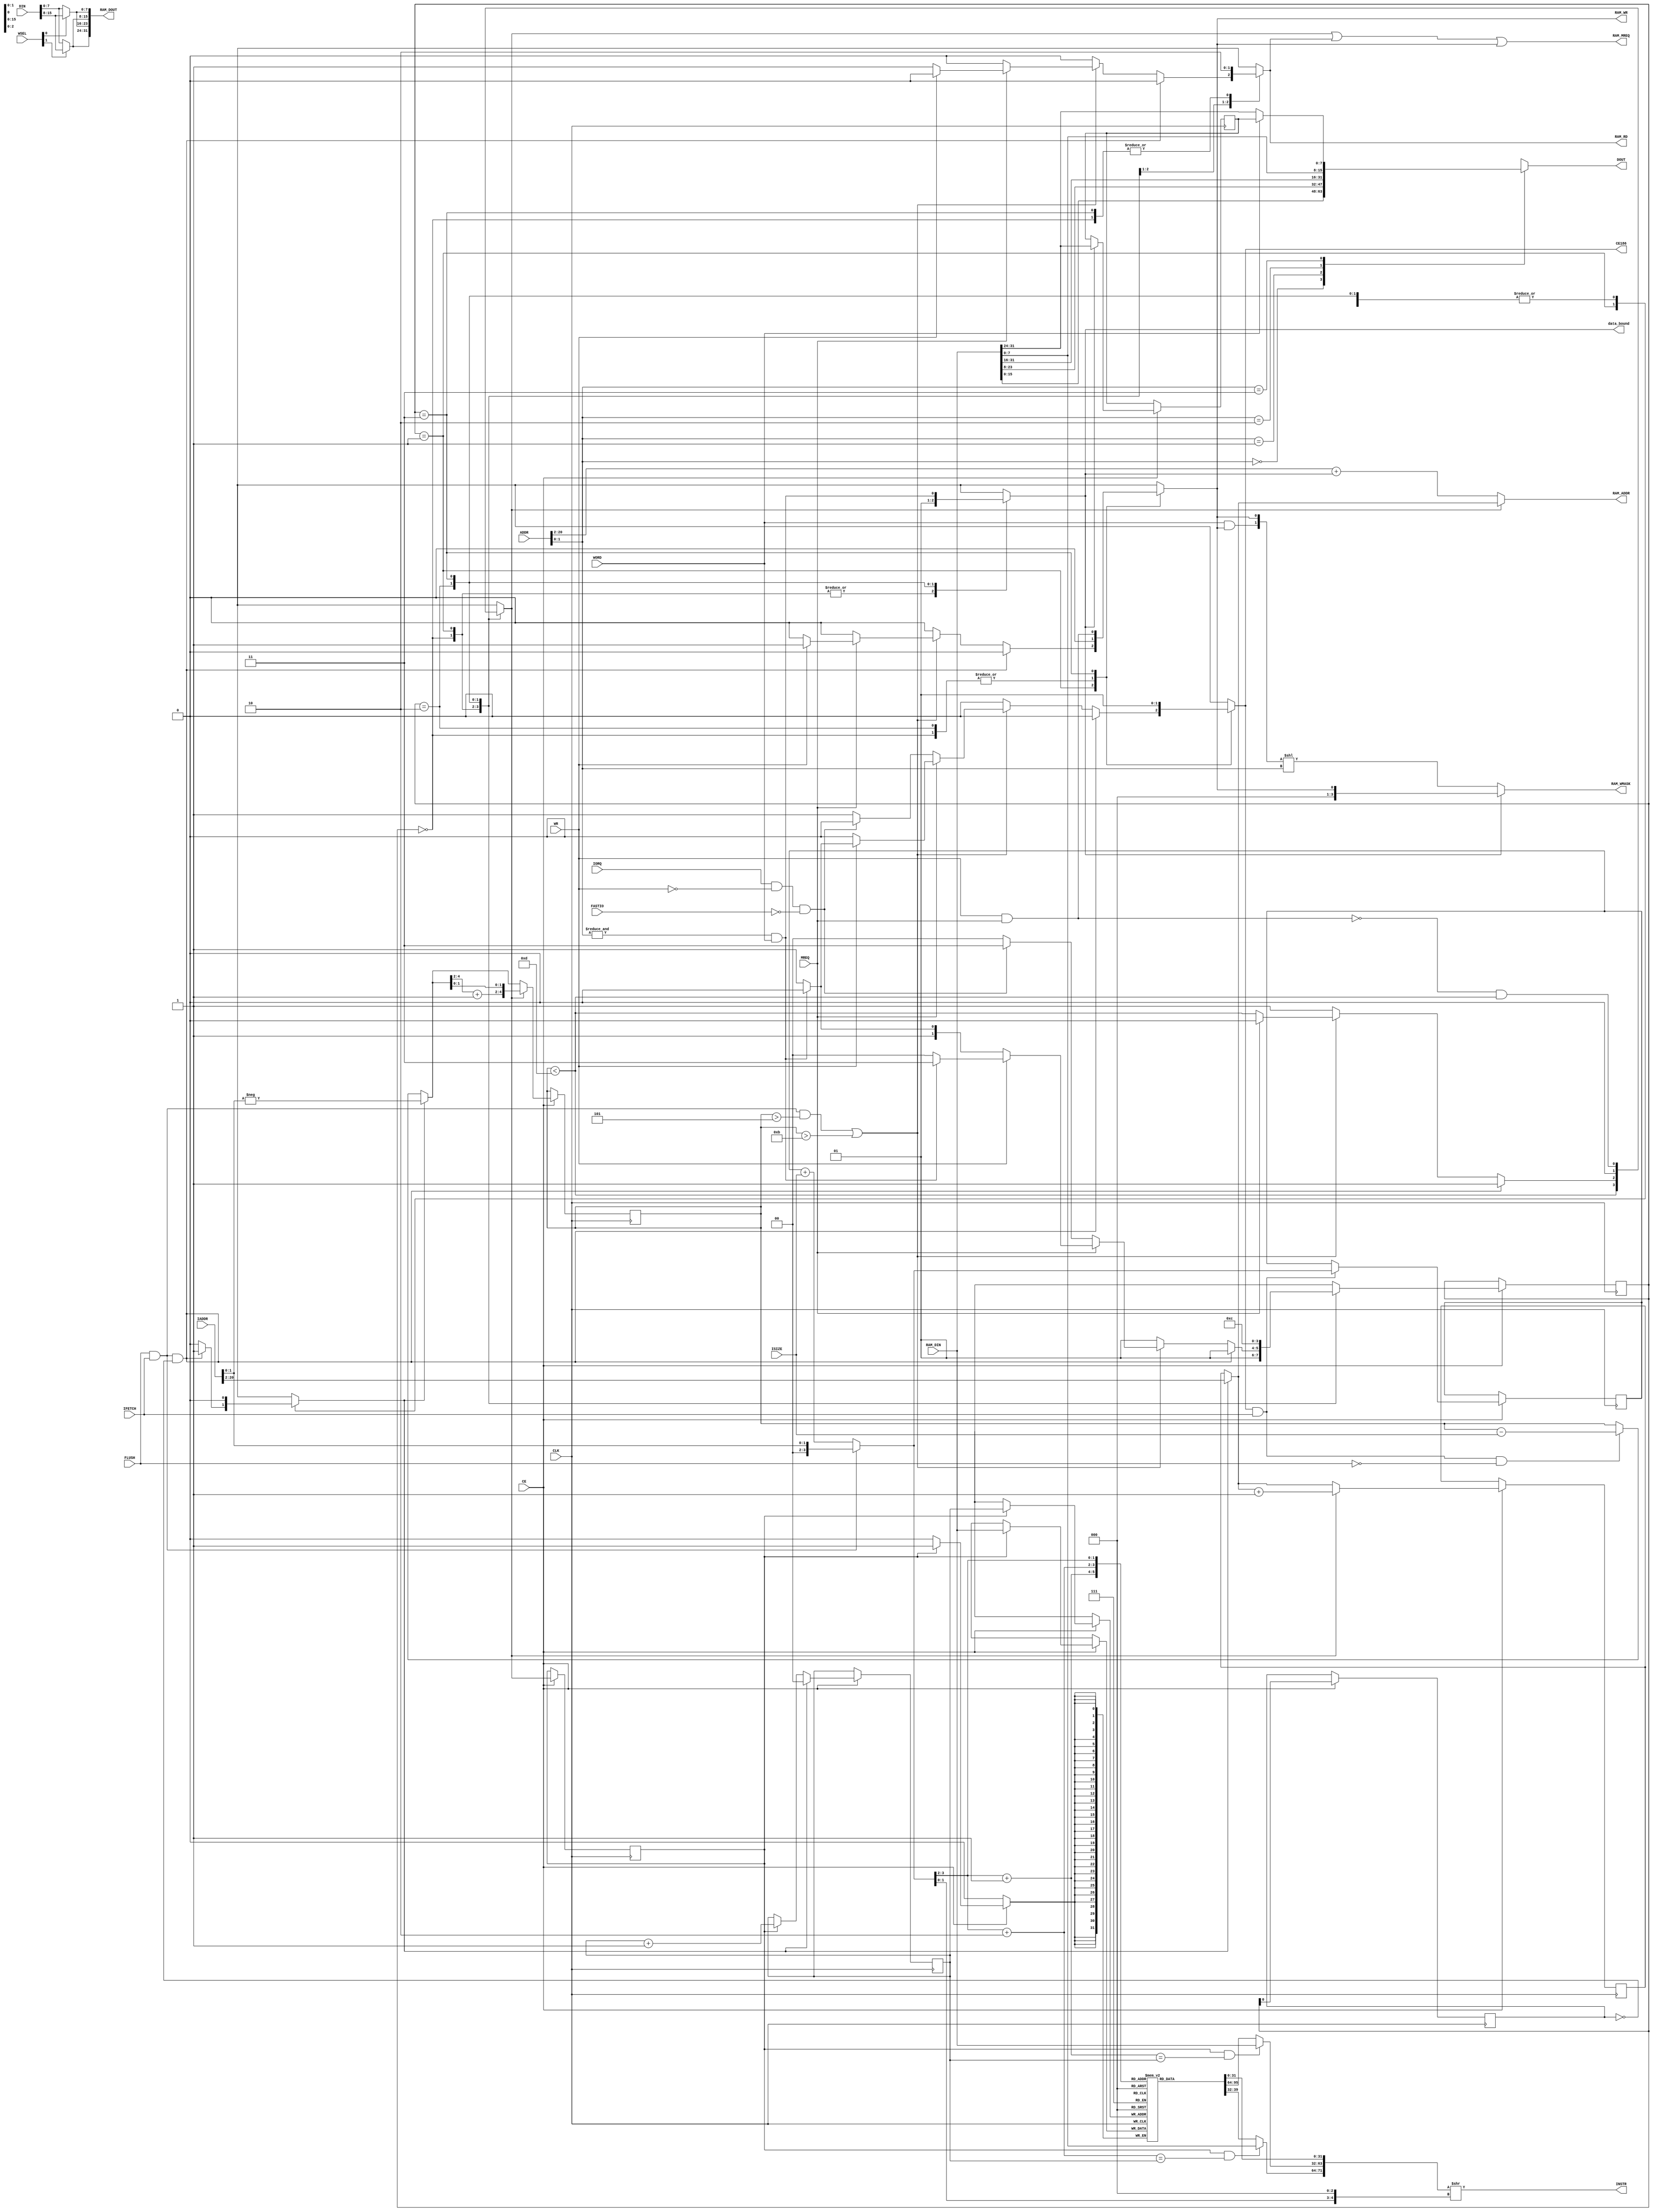
module BIU186_32bSync_2T_DelayRead(
	input CLK,
	output [47:0]INSTR,
	input [2:0]ISIZE,
	input IFETCH,
	input FLUSH,
	input MREQ,
	input WR,
	input WORD,
	input [20:0]ADDR,
	input [20:0]IADDR,
	output reg CE186,	// CPU clock enable
	input [31:0]RAM_DIN,
	output [31:0]RAM_DOUT,
	output [18:0]RAM_ADDR,
	output RAM_MREQ,
	output wire[3:0]RAM_WMASK,
	output reg [15:0]DOUT,
	input [15:0]DIN,
	input CE,		// BIU clock enable
	output reg data_bound,
	input [1:0]WSEL,	// normally {~ADDR[0], ADDR[0]}
	output reg RAM_RD,
	output reg RAM_WR,
	input IORQ,
	input FASTIO
);

	reg [31:0]queue[3:0];
	reg [1:0]STATE = 0;
	reg OLDSTATE = 1;
	reg [3:0]qpos = 0;
	reg [4:0]qsize = 0;
	reg [1:0]rpos = 0;
	reg [18:0]piaddr = 0;
	reg [7:0]exdata = 0;
	reg rdi = 0;
	
	reg [1:0]NEXTSTATE;
	reg sflush;
	wire [4:0]newqsize = sflush ? -IADDR[1:0] : CE186 && IFETCH && ~FLUSH ? qsize - ISIZE : qsize;
	wire qnofull = qsize < 13;
	reg iread;// = (qnofull && !RAM_RD && !RAM_WR) || sflush;
	wire [3:0]nqpos = (FLUSH && IFETCH) ? {2'b00, IADDR[1:0]} : (qpos + ISIZE);
	wire [18:0]MIADDR = sflush ? IADDR[20:2] : piaddr;
	wire split = (&ADDR[1:0]) && WORD; // data between dwords
	wire [15:0]DSWAP = {WSEL[1] ? DIN[15:8] : DIN[7:0], WSEL[0] ? DIN[15:8] : DIN[7:0]};	//ADDR[0] ? {DIN[7:0], DIN[15:8]} : DIN;
	wire [1:0]a1 = nqpos[3:2] + 1;
	wire [1:0]a2 = nqpos[3:2] + 2;
	wire [31:0]q1 = rdi && (a1 == rpos) ? RAM_DIN : queue[a1];
	wire [7:0]q2 = rdi && (a2 == rpos) ? RAM_DIN[7:0] : queue[a2][7:0];

	assign INSTR = {q2, q1, queue[nqpos[3:2]]} >> {nqpos[1:0], 3'b000};
//	assign DOUT = split ? {RAM_DIN[7:0], exdata} : (RAM_DIN >> {ADDR[1:0], 3'b000}); 
	assign RAM_DOUT = {DSWAP, DSWAP};
	assign RAM_MREQ = iread || RAM_RD || RAM_WR;
	assign RAM_ADDR = iread ? MIADDR : ADDR[20:2] + data_bound; 
	assign RAM_WMASK = data_bound ? {3'b000, RAM_WR} : {2'b00, WORD & RAM_WR, RAM_WR} << ADDR[1:0];

	always @(*) begin
		RAM_RD = 0;
		RAM_WR = 0;
		CE186 = 0;
		sflush = 0;
		data_bound = 0;
		iread = 0;
		
		case(ADDR[1:0])
			2'b00: DOUT = RAM_DIN[15:0];
			2'b01: DOUT = RAM_DIN[23:8];
			2'b10: DOUT = RAM_DIN[31:16];
			2'b11: DOUT = {RAM_DIN[7:0], WORD ? exdata : RAM_DIN[31:24]};
		endcase
		
		case(STATE)
			0: begin	// no cpu activity on first state
				iread = qnofull;
				NEXTSTATE = 1;
			end
			1: begin
				NEXTSTATE = 1;
				if(FLUSH && IFETCH && !OLDSTATE) begin
					sflush = 1;
					iread = 1;
				end else if((FLUSH && IFETCH && (qsize > 5)) || (qsize > 11)) begin
					NEXTSTATE = 0;
					if(MREQ) begin
						if(WR) begin	// write
							RAM_WR = 1;
							if(split) NEXTSTATE = 3;
							else CE186 = 1;
						end else begin
							RAM_RD = 1;
							NEXTSTATE = split ? 2 : 3;
						end	
					end else begin
						iread = qnofull;
						if(IORQ && !WR && !FASTIO) NEXTSTATE = 3;
						else CE186 = 1;
					end
				end else iread = 1; // else nextstate = 1
			end
			2: begin
				RAM_RD = 1;
				data_bound = 1;	// split memory access
				NEXTSTATE = 3;
			end
			3: begin
				RAM_WR = WR && MREQ;
				iread = !(WR && MREQ) && qnofull;
				data_bound = split; 
				CE186 = 1;
				NEXTSTATE = 0;
			end
		endcase
	end
	
	always @ (posedge CLK) if(CE) begin
		rdi <= iread;
		if(rdi) queue[rpos] <= RAM_DIN;
		if(iread) begin
			qsize <= {newqsize[4:2] + 1, newqsize[1:0]};
			piaddr <= MIADDR + 1;
		end else begin
			qsize <= newqsize;
			piaddr <= MIADDR;
		end
		if(CE186 && IFETCH) qpos <= nqpos;
		if(sflush) rpos <= 0;
		else if(rdi) rpos <= rpos + 1;
		OLDSTATE <= STATE[0];
		STATE <= NEXTSTATE;
		if(data_bound) exdata <= RAM_DIN[31:24];
	end

endmodule